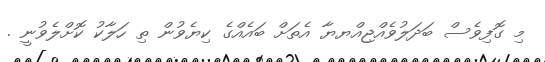
މި ގޮފިވެސް ބަދަލުވެއްޖިއްޔޔާ އެތަށް ބައެއްގެ ކިޔެވުން ތި ހަލާކު ކޮށްލެވުނީ .